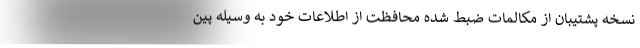
نسخه پشتیبان از مکالمات ضبط شده محافظت از اطلاعات خود به وسیله پین